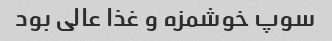
سوپ خوشمزه و غذا عالی بود